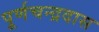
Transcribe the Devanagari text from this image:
पूर्णचन्द्रदास